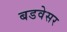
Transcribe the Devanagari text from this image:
बडवेसर